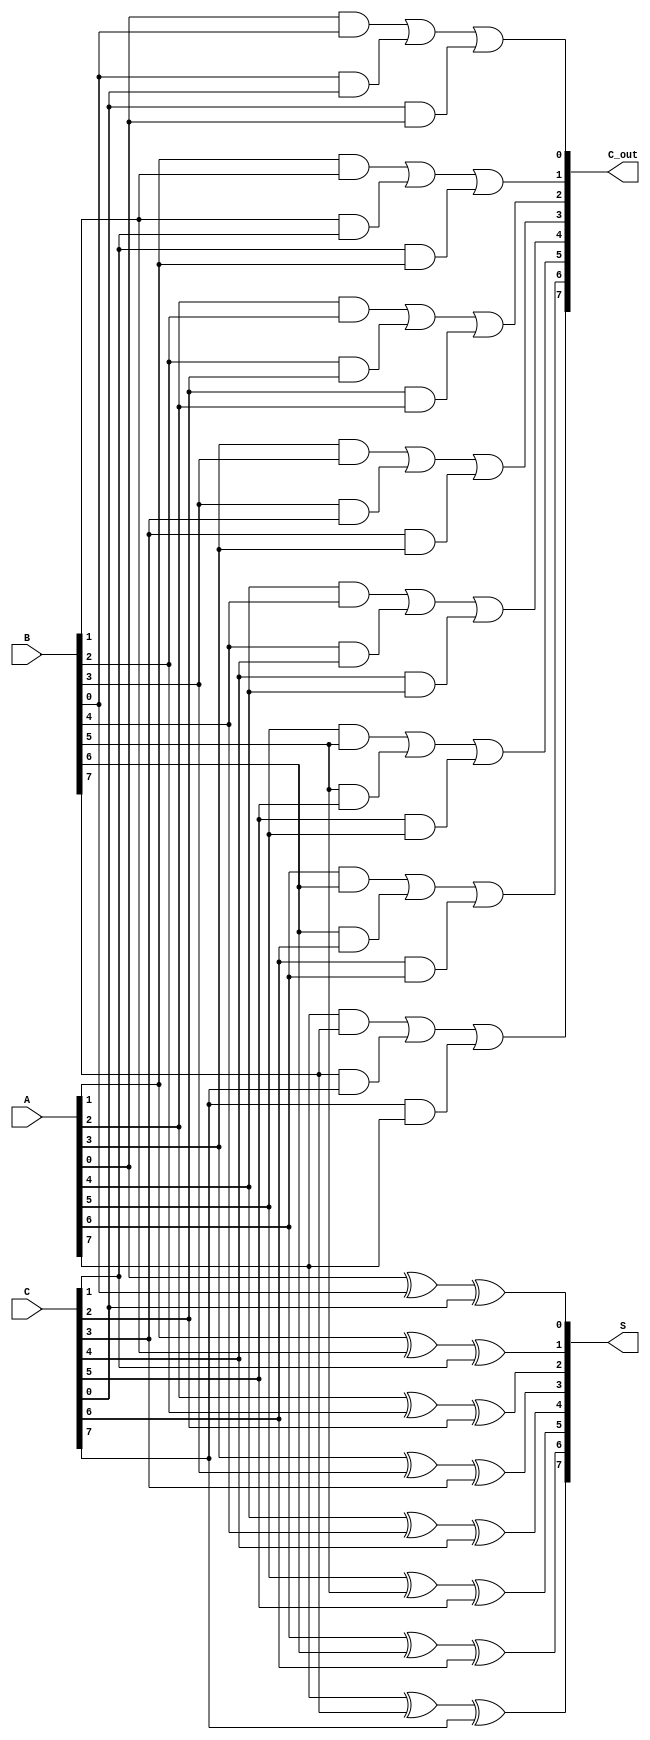
module carry_save_adder #(parameter n = 8) (
    input  wire [n-1:0] A,   // First input
    input  wire [n-1:0] B,   // Second input
    input  wire [n-1:0] C,   // Third input
    output wire [n-1:0] S,   // Sum output
    output wire [n-1:0] C_out // Carry output
);

    genvar i;
    generate
        for (i = 0; i < n; i = i + 1) begin : CSA
            // Sum calculation for the ith bit
            assign S[i] = A[i] ^ B[i] ^ C[i];
            // Carry calculation for the ith bit
            assign C_out[i] = (A[i] & B[i]) | (B[i] & C[i]) | (C[i] & A[i]);
        end
    endgenerate

endmodule